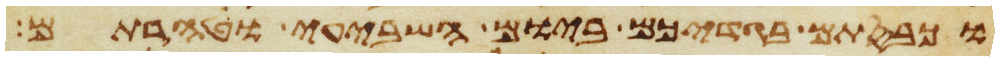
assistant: וכבסתם בגדיכם ביום השביעי וטהרתם